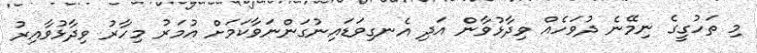
މި ތަހުގީގެ ނިމޭނެ ދުވަހެއް ވިދާޅުވާން އަދި އެނގިވަޑައިނުގަންނަވާކަމަށް އުމަރު މިހާރު ވިދާޅުވާއިރު